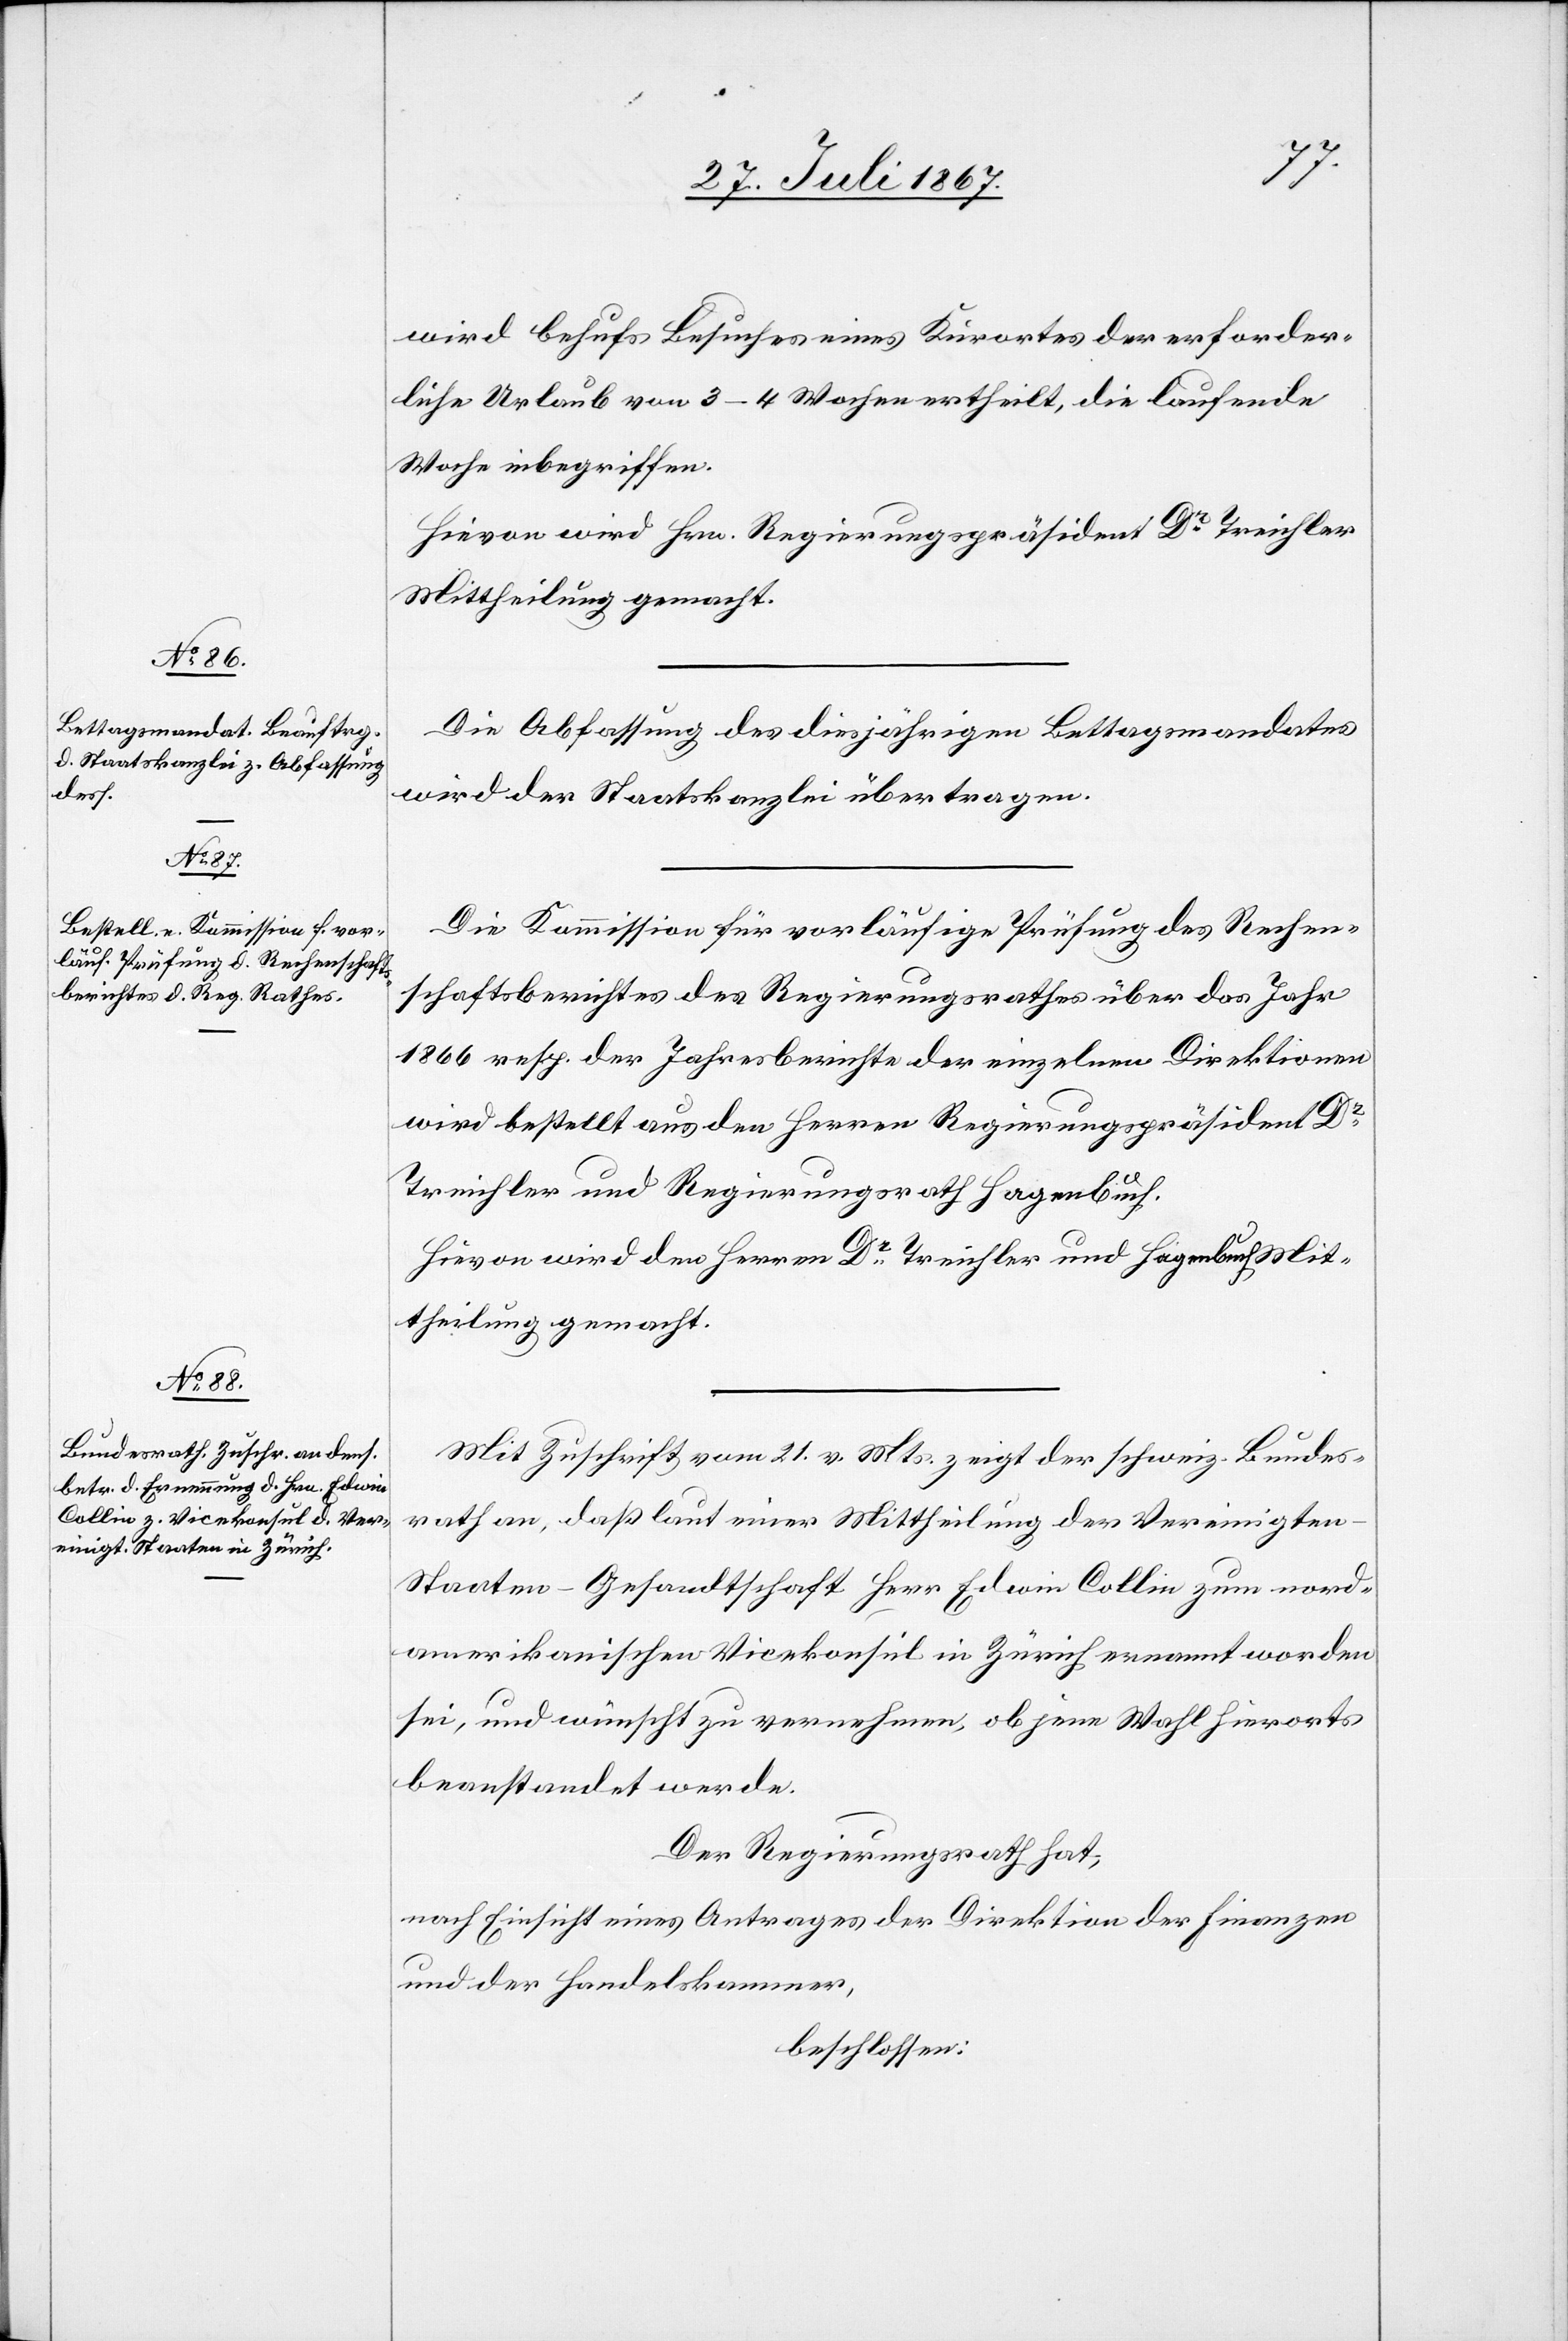
wird behufs Besuches eines Kurortes der erforder¬
liche Urlaub von 3–4 Wochen ertheilt, die laufende
Woche inbegriffen.
Hievon wird Hrn. Regierungspräsident Dr. Treichler
Mittheilung gemacht.
Die Abfassung des diesjährigen Bettagsmandates
wird der Staatskanzlei übertragen.
Die Kommission für vorläufige Prüfung des Rechen¬
schaftsberichtes des Regierungsrathes über das Jahr
1866 resp. der Jahresberichte der einzelnen Direktionen
wird bestellt aus den Herren Regierungspräsident Dr.
Treichler und Regierungsrath Hagenbuch.
Hievon wird den Herren Dr. Treichler und Hagenbuch Mit¬
theilung gemacht.
Mit Zuschrift vom 21. v. Mts. zeigt der schweiz. Bundes¬
rath an, daß laut einer Mittheilung der Vereinigte¬
n-Staaten-Gesandtschaft Herr Edwin Collin zum nord¬
amerikanischen Vicekonsul in Zürich ernannt worden
sei, und wünscht zu vernehmen, ob jene Wahl hierorts
beanstandet werde.
Der Regierungsrath hat,
nach Einsicht eines Antrages der Direktion der Finanzen
und der Handelskammer,
beschlossen: